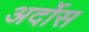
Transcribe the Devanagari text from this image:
अर्दोस